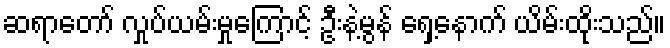
ဆရာတော် လှုပ်ယမ်းမှုကြောင့် ဦးနဲ့မွန် ရှေ့နောက် ယိမ်းထိုးသည်။